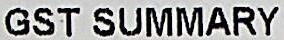
GST SUMMARY